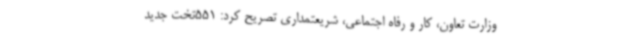
وزارت تعاون، کار و رفاه اجتماعی، شریعتمداری تصریح کرد: 551تخت جدید